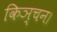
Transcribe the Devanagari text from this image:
किञ्चन।